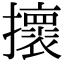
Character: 𢸬